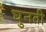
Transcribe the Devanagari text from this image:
घुनती